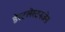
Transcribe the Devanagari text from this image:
डेंस्टलेस्टनजेन